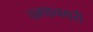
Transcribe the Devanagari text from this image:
चम्पानगरी